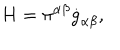
LaTeX: H = \pi ^ { \alpha \beta } \dot { g } _ { \alpha \beta } ,